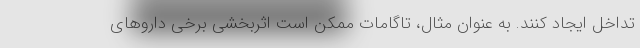
تداخل ایجاد کنند. به عنوان مثال، تاگامات ممکن است اثربخشی برخی داروهای